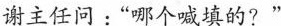
谢主任问：“哪个喊填的？”